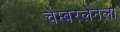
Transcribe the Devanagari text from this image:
चेम्बरलेनला